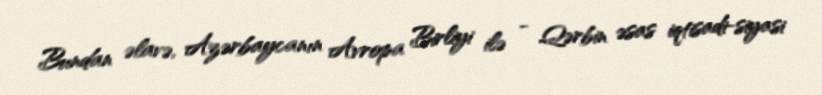
Bundan əlavə, Azərbaycanın Avropa Birliyi ilə - Qərbin əsas iqtisadi-siyasi